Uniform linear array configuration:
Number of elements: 24
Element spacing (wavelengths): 0.75
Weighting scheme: blackman
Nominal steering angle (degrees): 15
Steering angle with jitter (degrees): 16.96
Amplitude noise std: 0.05
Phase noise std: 0.05

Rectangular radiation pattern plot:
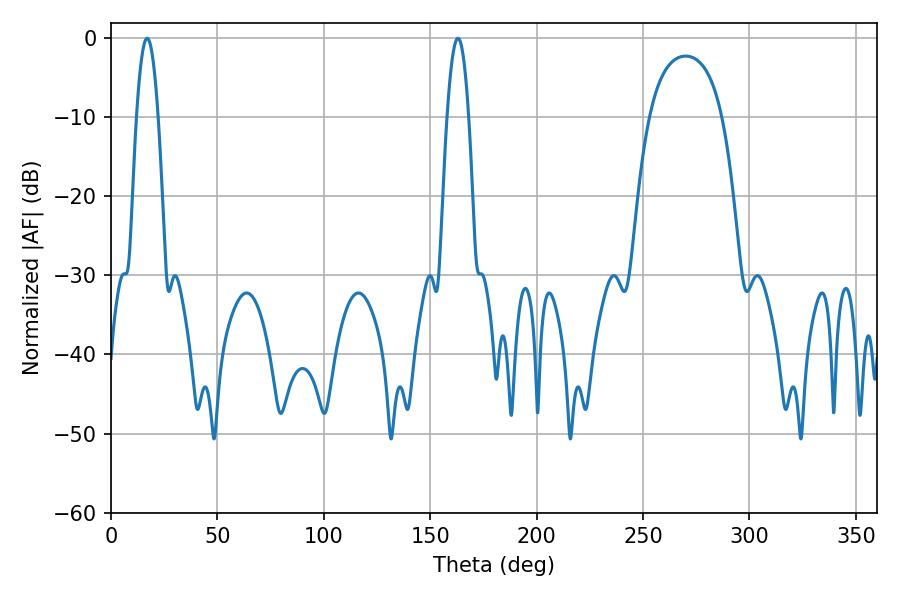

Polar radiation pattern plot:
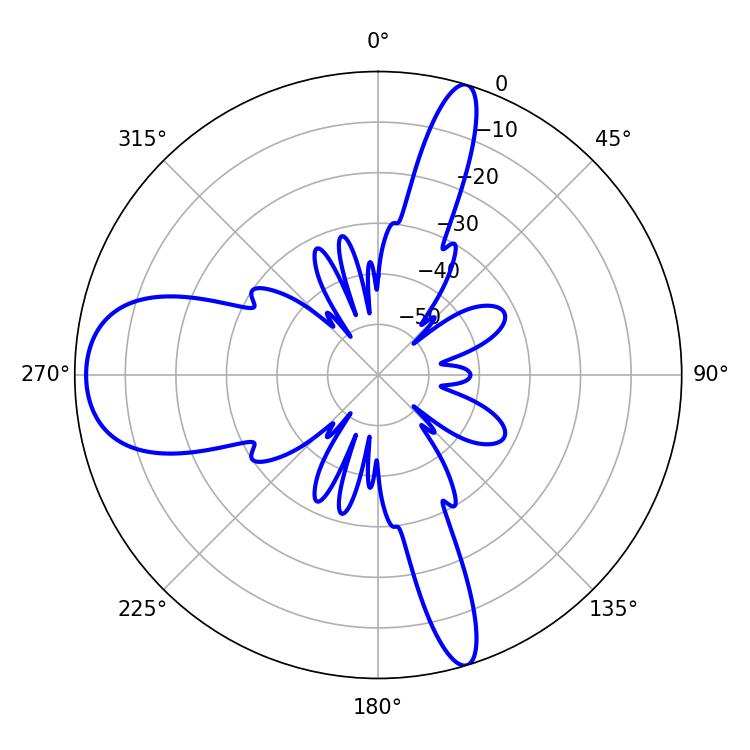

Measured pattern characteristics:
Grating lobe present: TRUE
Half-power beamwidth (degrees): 5.58
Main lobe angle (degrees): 16.92